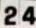
24